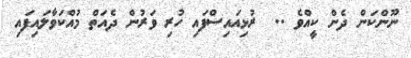
ނޫންކަން ދެން ކީއްވެ ..  ރުޅިއައިސްފައި ހުރި ވަރުން ދެއަތް މުއްކަވާލައިފައި